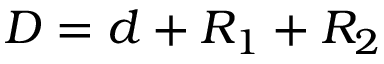
D = d + R _ { 1 } + R _ { 2 }